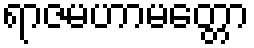
ရာဇမဟာမတ္တော